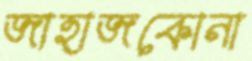
জাহাজকোনা